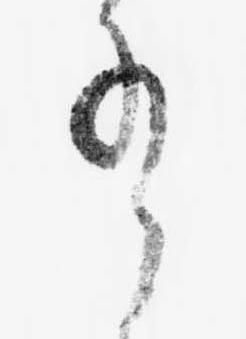
有